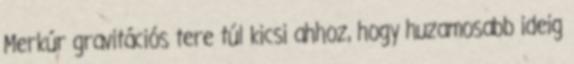
Merkúr gravitációs tere túl kicsi ahhoz, hogy huzamosabb ideig